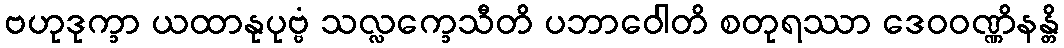
ဗဟုဒုက္ခာ ယထာနုပုဗ္ဗံ သလ္လက္ခေသီတိ ပဘာဝေါတိ စတုရဿာ ဒေဝဝဏ္ဏိနန္တိ